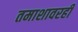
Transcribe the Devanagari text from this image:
तमाशावरही